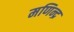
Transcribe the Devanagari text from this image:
मणिन्द्र